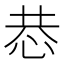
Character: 𢙄